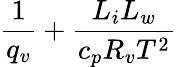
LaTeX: \frac{1}{q_{v}}+\frac{L_{i}L_{w}}{c_{p}R_{v}T^{2}}